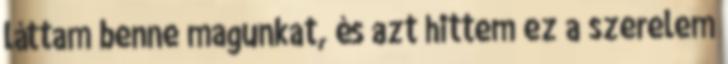
láttam benne magunkat, és azt hittem ez a szerelem